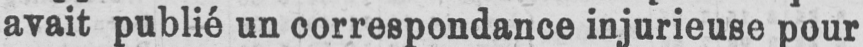
avait publié un correspondance injurieuse pour